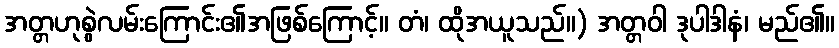
အတ္တဟုစွဲလမ်းကြောင်း၏အဖြစ်ကြောင့်။ တံ၊ ထိုအယူသည်။) အတ္တဝါ ဒုပါဒါနံ၊ မည်၏။